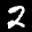
Label: 2